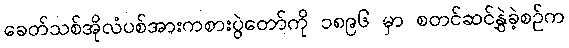
ခေတ်သစ်အိုလံပစ်အားကစားပွဲတော်ကို ၁၈၉၆ မှာ စတင်ဆင်နွှဲခဲ့စဉ်က